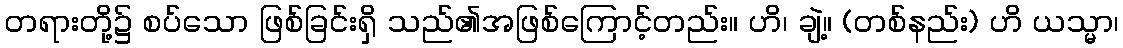
တရားတို့၌ စပ်သော ဖြစ်ခြင်းရှိ သည်၏အဖြစ်ကြောင့်တည်း။ ဟိ၊ ချဲ့။ (တစ်နည်း) ဟိ ယသ္မာ၊